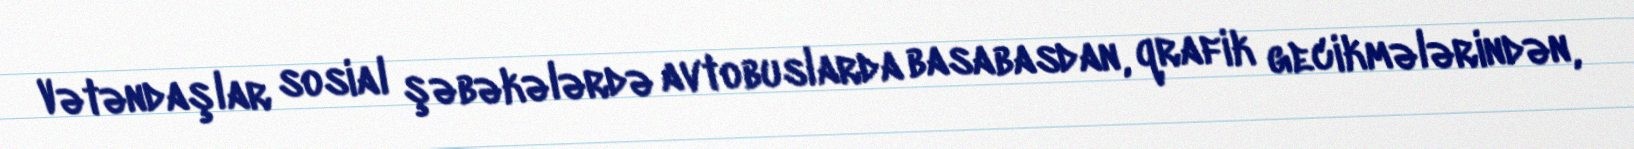
Vətəndaşlar sosial şəbəkələrdə avtobuslarda basabasdan, qrafik gecikmələrindən,